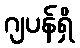
ဂျပန်ရှိ